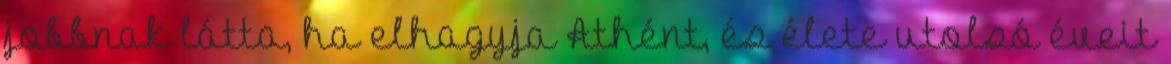
jobbnak látta, ha elhagyja Athént, és élete utolsó éveit